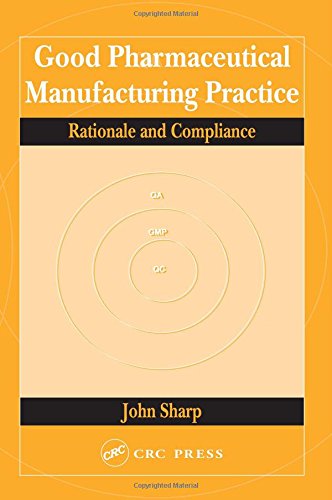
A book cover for Good Pharmaceutical Manufacturing Practice: Rationale and Compliance; John Sharp; Engineering & Transportation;